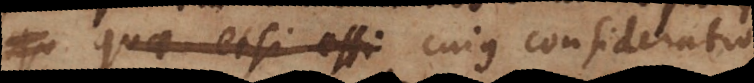
quae etsi effi cujus consideratio